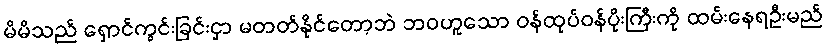
မိမိသည် ရှောင်ကွင်းခြင်းငှာ မတတ်နိုင်တော့ဘဲ ဘဝဟူသော ဝန်ထုပ်ဝန်ပိုးကြီးကို ထမ်းနေရဦးမည်